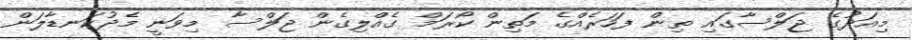
މިއަދުގެ ޖަލްސާގައި ތިން ފަހަރެއްގެ މަތިން ކޯރަމް ގެއްލިގެން ޖަލްސާ މިވަނީ މެދުކަނޑާލަން